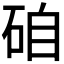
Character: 𥒕